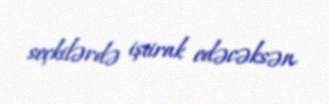
seçkilərdə iştirak edəcəksən.